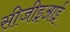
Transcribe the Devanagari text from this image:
सीजीइआई